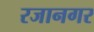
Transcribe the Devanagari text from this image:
रजानगर